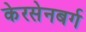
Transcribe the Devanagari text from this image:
केरसेनबर्ग